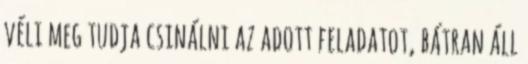
véli meg tudja csinálni az adott feladatot, bátran áll